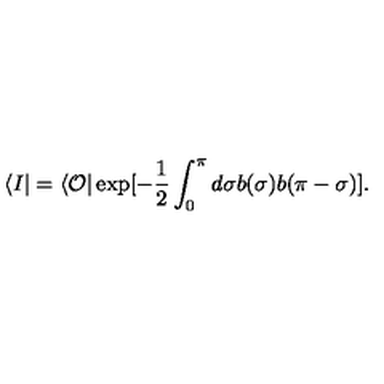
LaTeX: \langle I | = \langle { \cal O } | \exp [ - \frac 1 2 \int _ { 0 } ^ { \pi } d \sigma b ( \sigma ) b ( \pi - \sigma ) ] .